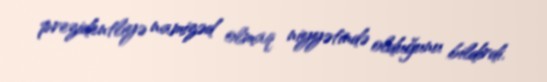
prezidentliyə namizəd olmaq niyyətində olduğunu bildirdi.